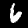
Label: 6